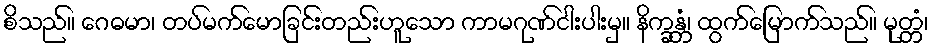
စိသည်။ ဂေဓမာ၊ တပ်မက်မောခြင်းတည်းဟူသော ကာမဂုဏ်ငါးပါးမှ။ နိက္ခန္တံ၊ ထွက်မြောက်သည်။ မုတ္တံ၊